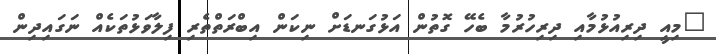
"މިއީ ދިރިއުޅުމާއި ދިރިހުރުމާ ބެހޭ ގޮތުން އަޅުގަނޑަށް ނިކަން އިބްރަތްތެރި ފިލާވަޅުތަކެއް ނަގައިދިން